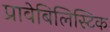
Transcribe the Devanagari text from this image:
प्राबेबिलिस्टिक